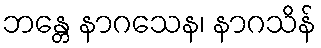
ဘန္တေ နာဂသေန၊ နာဂသိန်